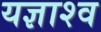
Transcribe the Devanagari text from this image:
यज्ञाश्व